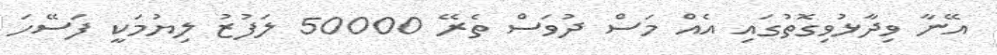
އޭނާ ވިދާޅުވިގޮތުގައި އެއް މަސް ދުވަސް ތެރޭ 50000 ލަފުޒު ލިޔުމަކީ ފަސޭހަ